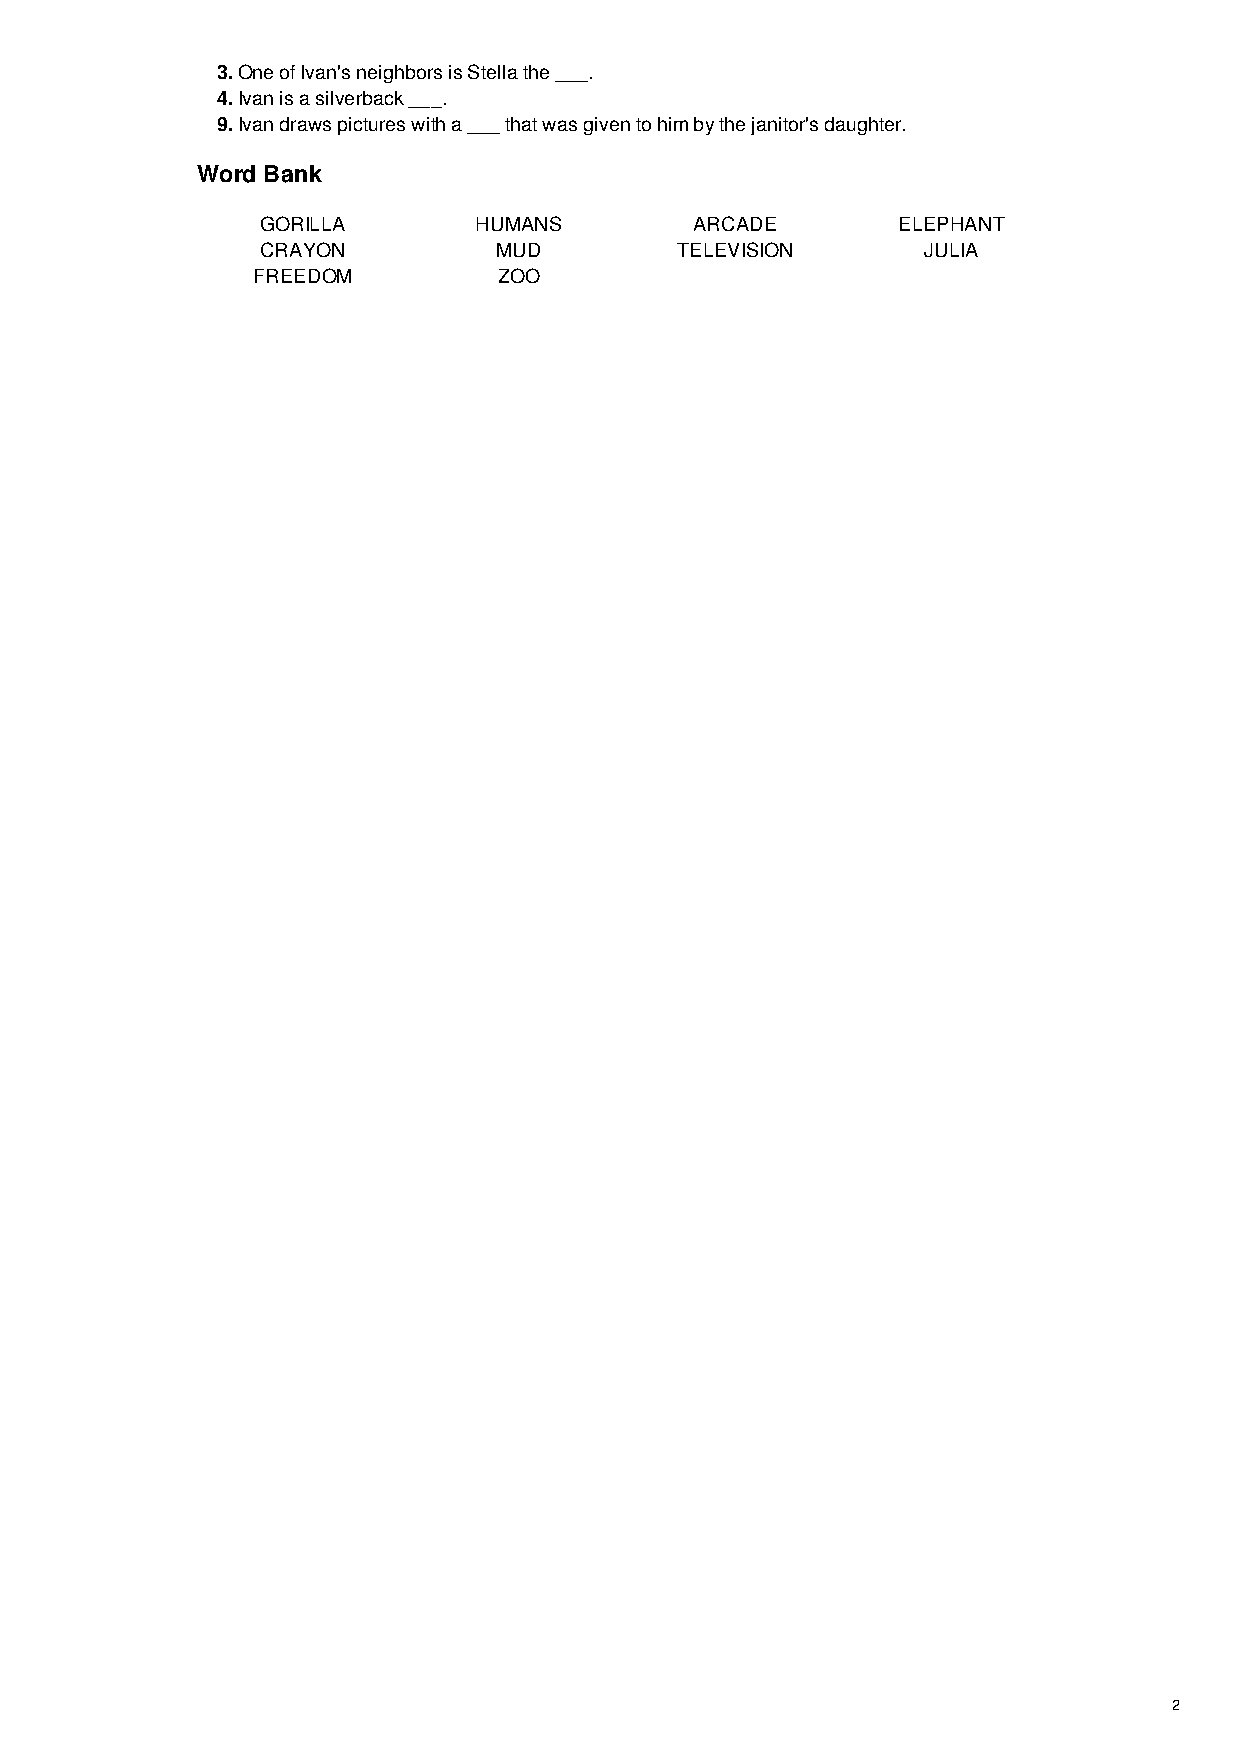
3. One of Ivan's neighbors is Stella the ___.
 4. Ivan is a silverback ___.
 9. Ivan draws pictures with a ___ that was given to him by the janitor's daughter.
 Word Bank
 GORILLA       HUMANS         ARCADE       ELEPHANT
 CRAYON          MUD         TELEVISION      JULIA
 FREEDOM         ZOO
 2